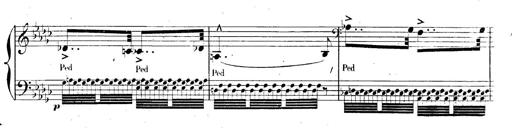
Title: AnnÃ©es de pÃ¨lerinage II, SupplÃ©ment
Composer: Franz Liszt